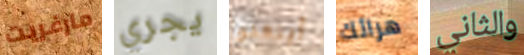
مارغريت يجري أبتعدوا هرائك والثاني